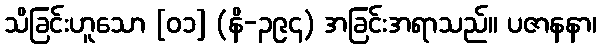
သိခြင်းဟူသော [၀၁] (နိ-၃၉၄) အခြင်းအရာသည်။ ပဇာနနာ၊